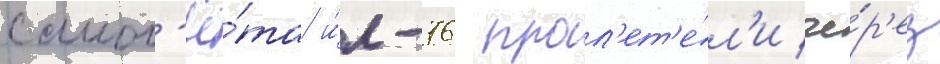
самол'ё́та и́л-76 прол'ет'е́л'и че́р'ез